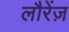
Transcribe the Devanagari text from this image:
लौरेंज़